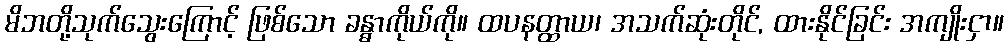
မိဘတို့သုက်သွေးကြောင့် ဖြစ်သော ခန္ဓာကိုယ်ကို။ ထပနတ္ထာယ၊ အသက်ဆုံးတိုင်, ထားနိုင်ခြင်း အကျိုးငှာ။